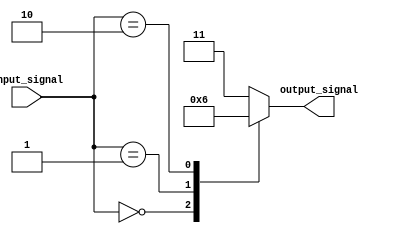
module behavioral_model (
    input [3:0] input_signal,
    output reg [1:0] output_signal
);

always @*
begin
    casez(input_signal)
        4'b0000: output_signal = 2'b00;
        4'b0001: output_signal = 2'b01;
        4'b0010: output_signal = 2'b10;
        default: output_signal = 2'b11;
    endcase
end

endmodule